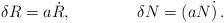
LaTeX: \begin{align*}\delta R = a\dot R,\qquad\qquad \delta N = (aN\dot ) \,. \end{align*}